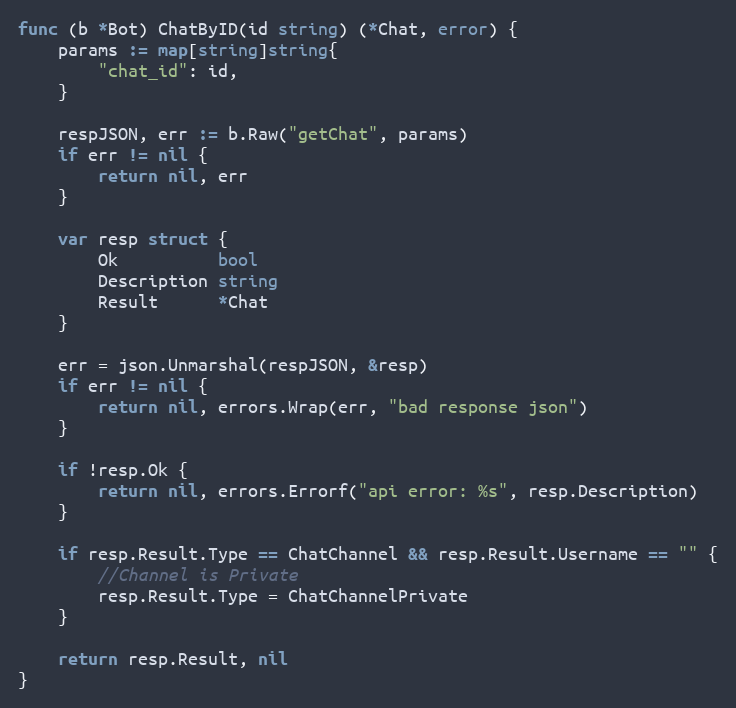
Language: Go
func (b *Bot) ChatByID(id string) (*Chat, error) {
	params := map[string]string{
		"chat_id": id,
	}

	respJSON, err := b.Raw("getChat", params)
	if err != nil {
		return nil, err
	}

	var resp struct {
		Ok          bool
		Description string
		Result      *Chat
	}

	err = json.Unmarshal(respJSON, &resp)
	if err != nil {
		return nil, errors.Wrap(err, "bad response json")
	}

	if !resp.Ok {
		return nil, errors.Errorf("api error: %s", resp.Description)
	}

	if resp.Result.Type == ChatChannel && resp.Result.Username == "" {
		//Channel is Private
		resp.Result.Type = ChatChannelPrivate
	}

	return resp.Result, nil
}